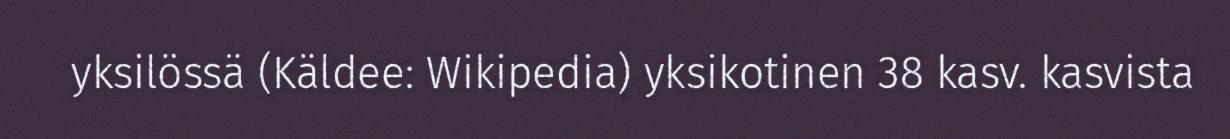
yksilössä (Käldee: Wikipedia) yksikotinen 38 kasv. kasvista